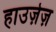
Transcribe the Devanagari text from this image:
हाउज़ेज़